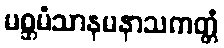
မစ္ဆမံသာနမနာသကတ္တံ